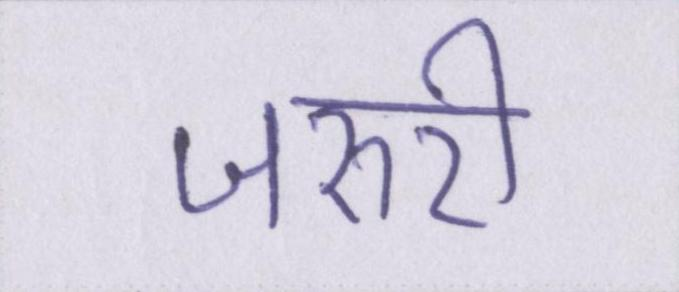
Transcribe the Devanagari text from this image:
जरुरी